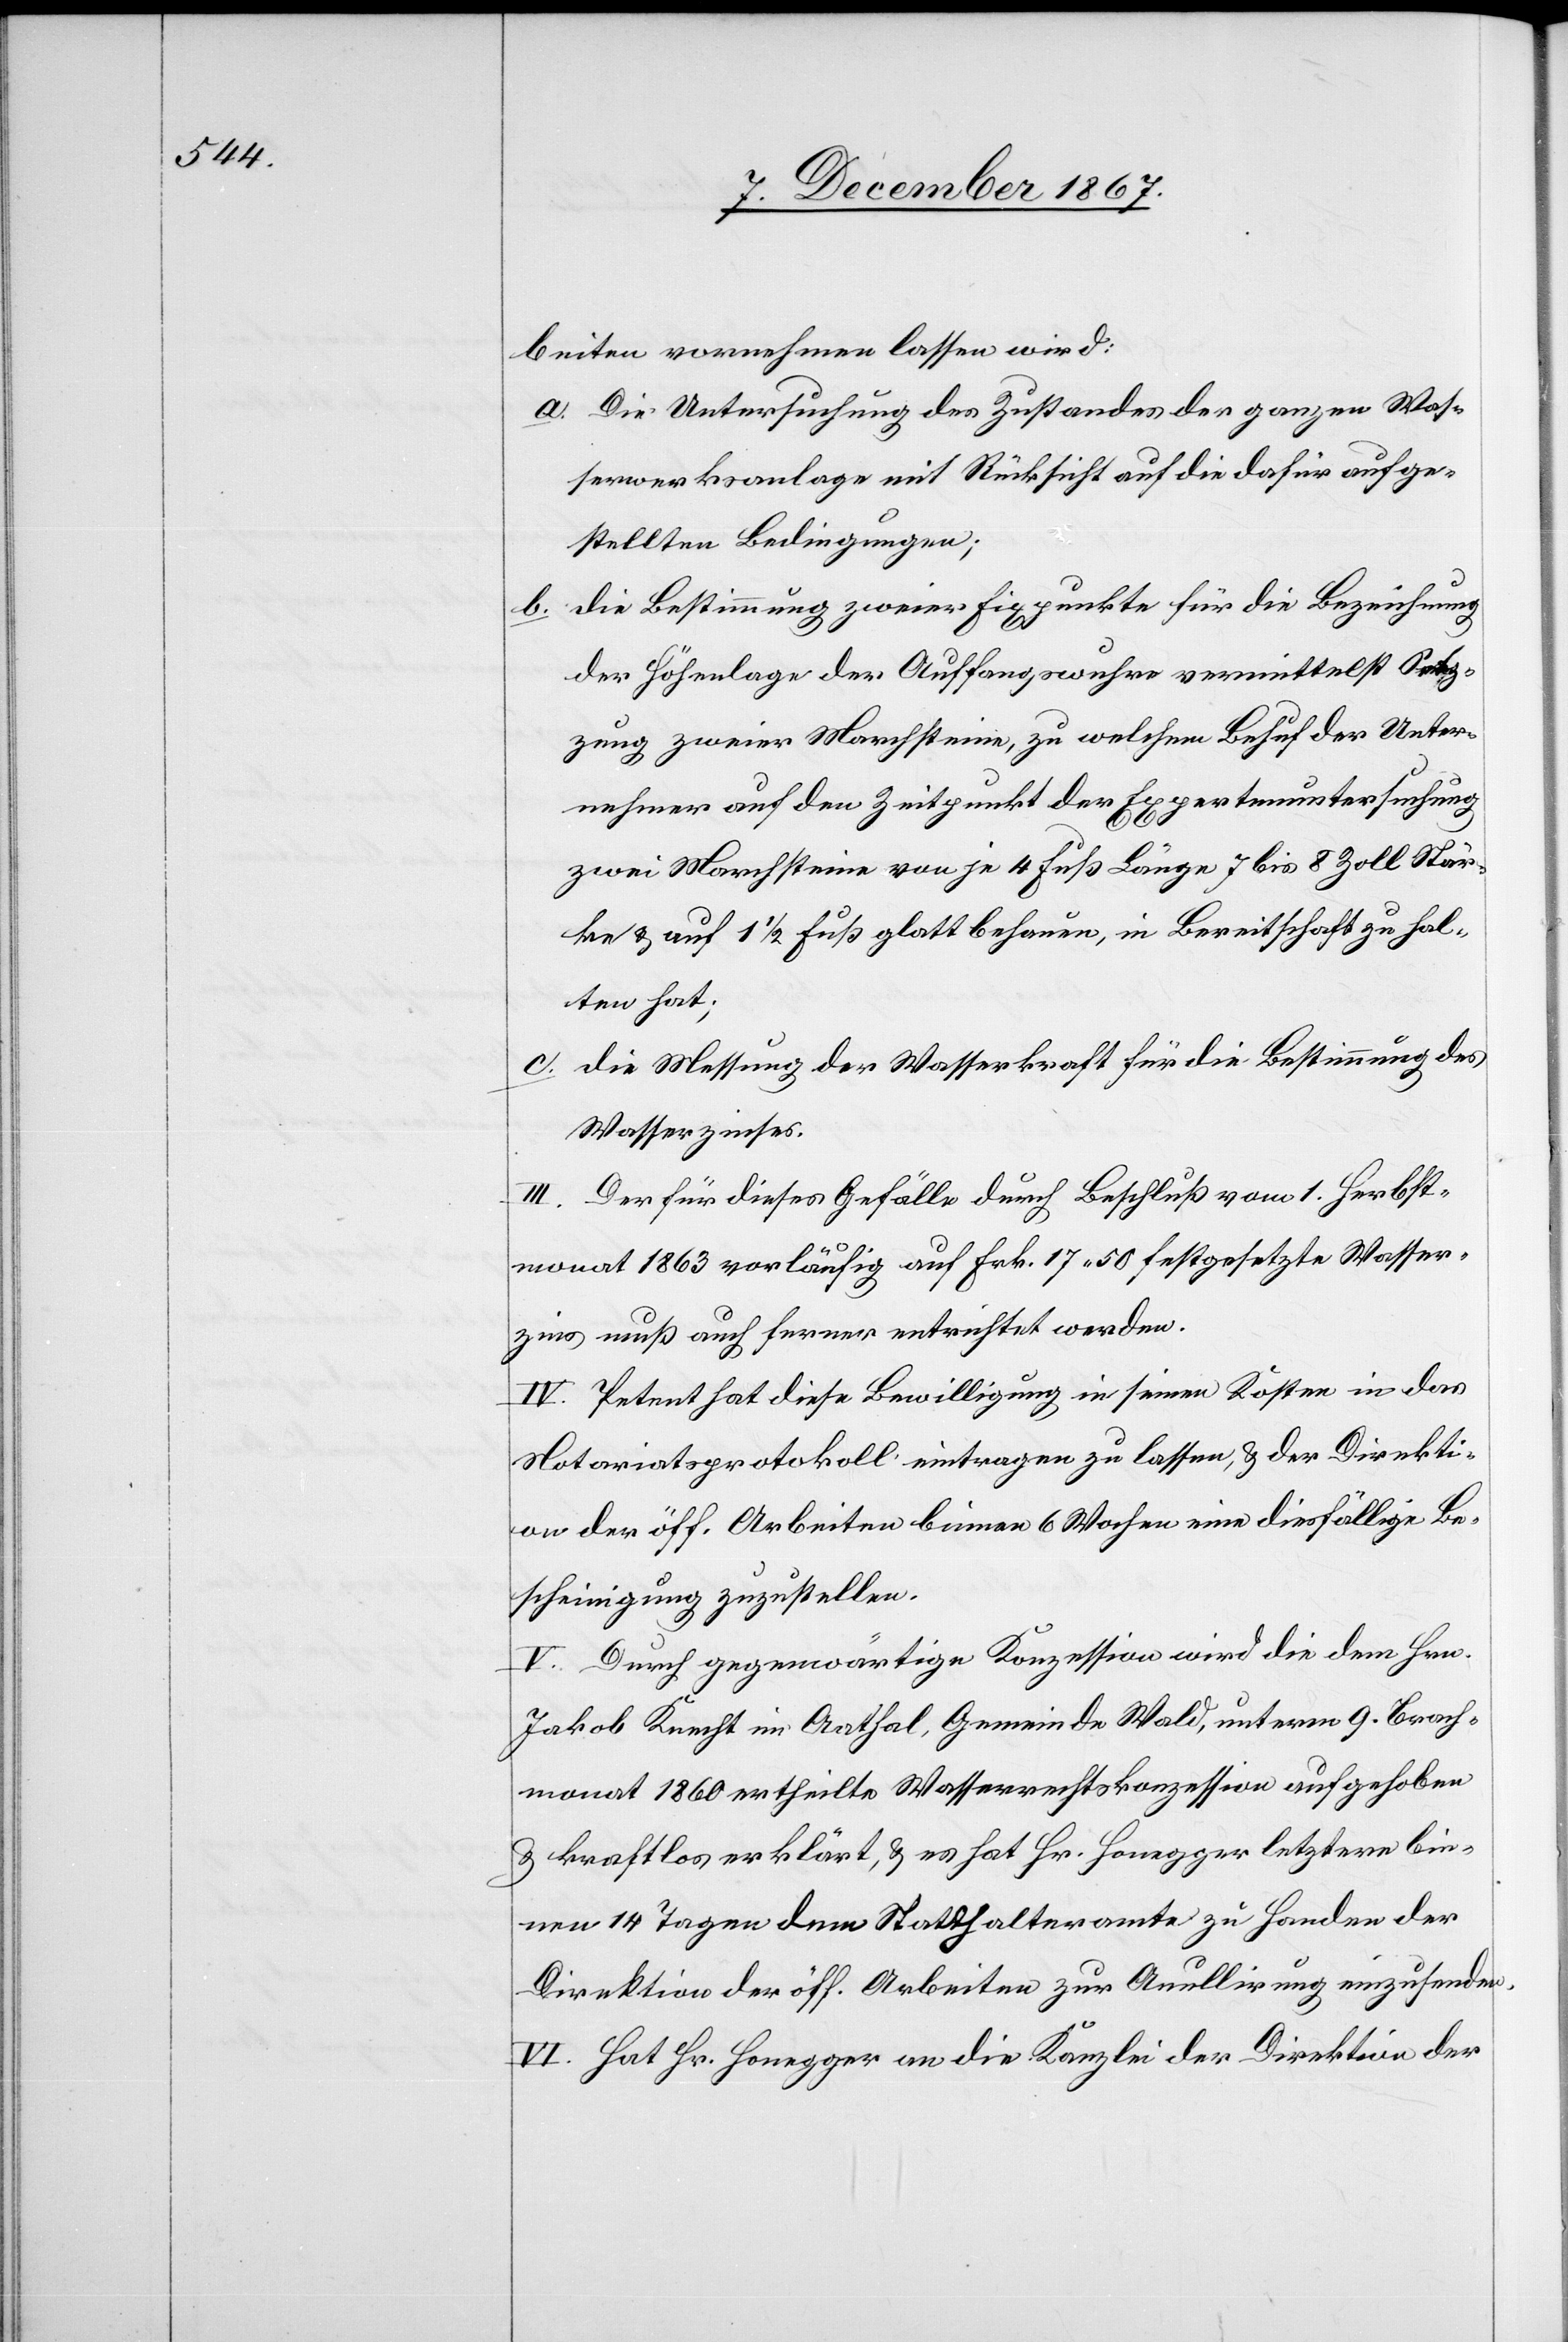
beiten vornehmen lassen wird:
a. Die Untersuchung des Zustandes der ganzen Was¬
serwerksanlage mit Rücksicht auf die dafür aufge¬
stellten Bedingungen;
b. die Bestimmung zweier Fixpunkte für die Beziehung
der Höhenlage der Auffangswuhre vermittelst Set¬
zung zweier Marchsteine, zu welchem Behuf der Unter¬
nehmer auf den Zeitpunkt der Expertenuntersuchung
zwei Marchsteine von je 4 Fuß Länge 7 bis 8 Zoll Stär¬
ke u. auf 1½ Fuß glatt behauen, in Bereitschaft zu hal¬
ten hat;
c. die Messung der Wasserkraft für die Bestimmung des
Wasserzinses.
III. Der für dieses Gefälle durch Beschluß vom 1. Herbst¬
monat 1863 vorläufig auf Frk. 17.50 festgesetzte Wasser¬
zins muß auch ferner entrichtet werden.
IV. Petent hat diese Bewilligung in seinen Kosten in das
Notariatsprotokoll eintragen zu lassen, u. der Direkti¬
on der öff. Arbeiten binnen 6 Wochen eine diesfällige Be¬
scheinigung zuzustellen.
V. Durch gegenwärtige Konzession wird die dem Hrn.
Jakob Knecht im Aathal, Gemeinde Wald, unterm 9. Brach¬
monat 1860 ertheilte Wasserrechtskonzession aufgehoben
u. kraftlos erklärt, u. es hat Hr. Honegger letztere bin¬
nen 14 Tagen dem Statthalteramte zu Handen der
Direktion der öff. Arbeiten zur Annullirung einzusenden.
VI. Hat Hr. Honegger an die Kanzlei der Direktion der